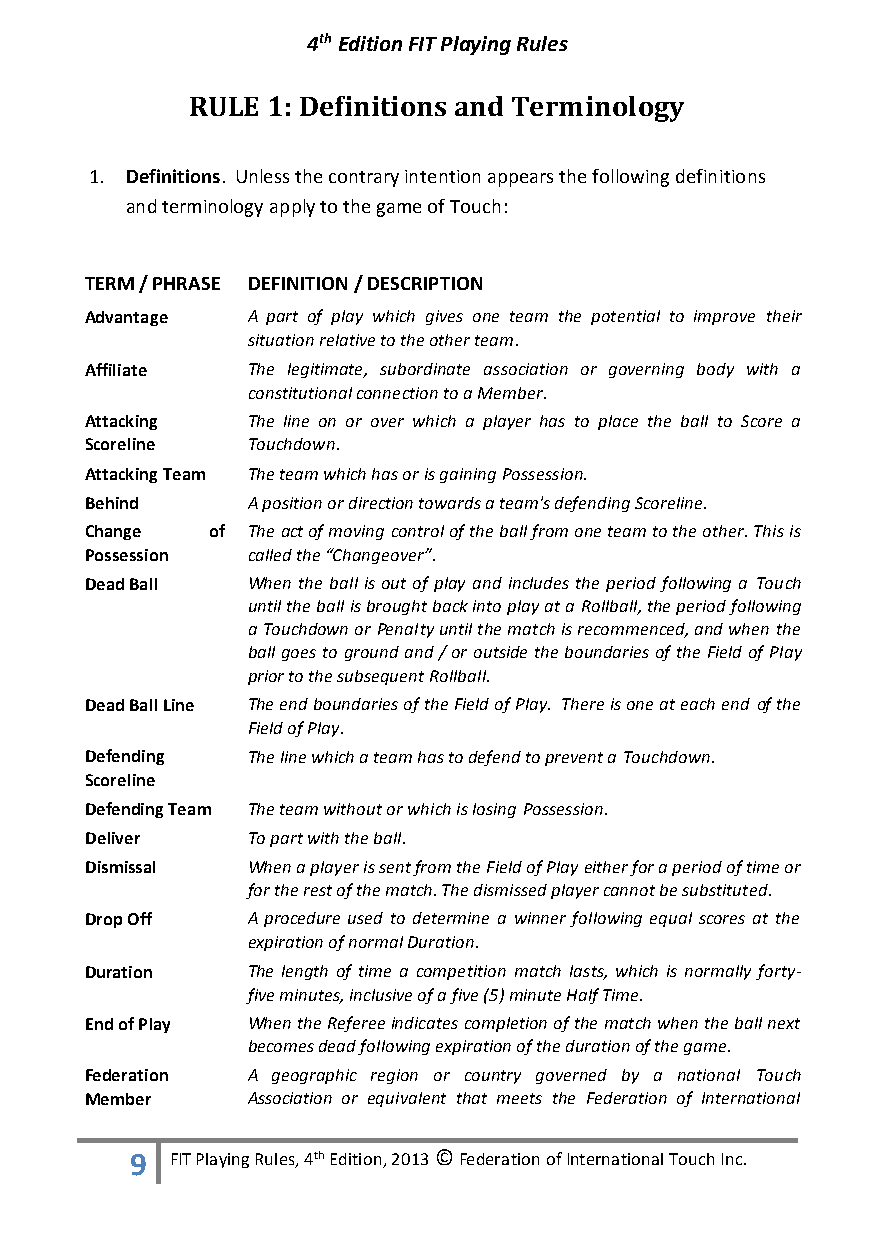
4th Edition FIT Playing Rules
 RULE 1: Definitions and Terminology
 1. Definitions. Unless the contrary intention appears the following definitions
 and terminology apply to the game of Touch:
 TERM / PHRASE DEFINITION / DESCRIPTION
 Advantage A part of play which gives one team the potential to improve their
 situation relative to the other team.
 Affiliate The legitimate, subordinate association or governing body with a
 constitutional connection to a Member.
 Attacking The line on or over which a player has to place the ball to Score a
 Scoreline Touchdown.
 Attacking Team The team which has or is gaining Possession.
 Behind    A position or direction towards a team's defending Scoreline.
 Change  of The act of moving control of the ball from one team to the other. This is
 Possession called the “Changeover”.
 Dead Ball When the ball is out of play and includes the period following a Touch
 until the ball is brought back into play at a Rollball, the period following
 a Touchdown or Penalty until the match is recommenced, and when the
 ball goes to ground and / or outside the boundaries of the Field of Play
 prior to the subsequent Rollball.
 Dead Ball Line The end boundaries of the Field of Play. There is one at each end of the
 Field of Play.
 Defending The line which a team has to defend to prevent a Touchdown.
 Scoreline
 Defending Team The team without or which is losing Possession.
 Deliver   To part with the ball.
 Dismissal When a player is sent from the Field of Play either for a period of time or
 for the rest of the match. The dismissed player cannot be substituted.
 Drop Off  A procedure used to determine a winner following equal scores at the
 expiration of normal Duration.
 Duration  The length of time a competition match lasts, which is normally forty-
 five minutes, inclusive of a five (5) minute Half Time.
 End of Play When the Referee indicates completion of the match when the ball next
 becomes dead following expiration of the duration of the game.
 Federation A geographic region or country governed by a national Touch
 Member    Association or equivalent that meets the Federation of International
 9 FIT Playing Rules, 4th Edition, 2013 © Federation of International Touch Inc.